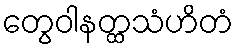
တွေဝါနတ္ထသံဟိတံ